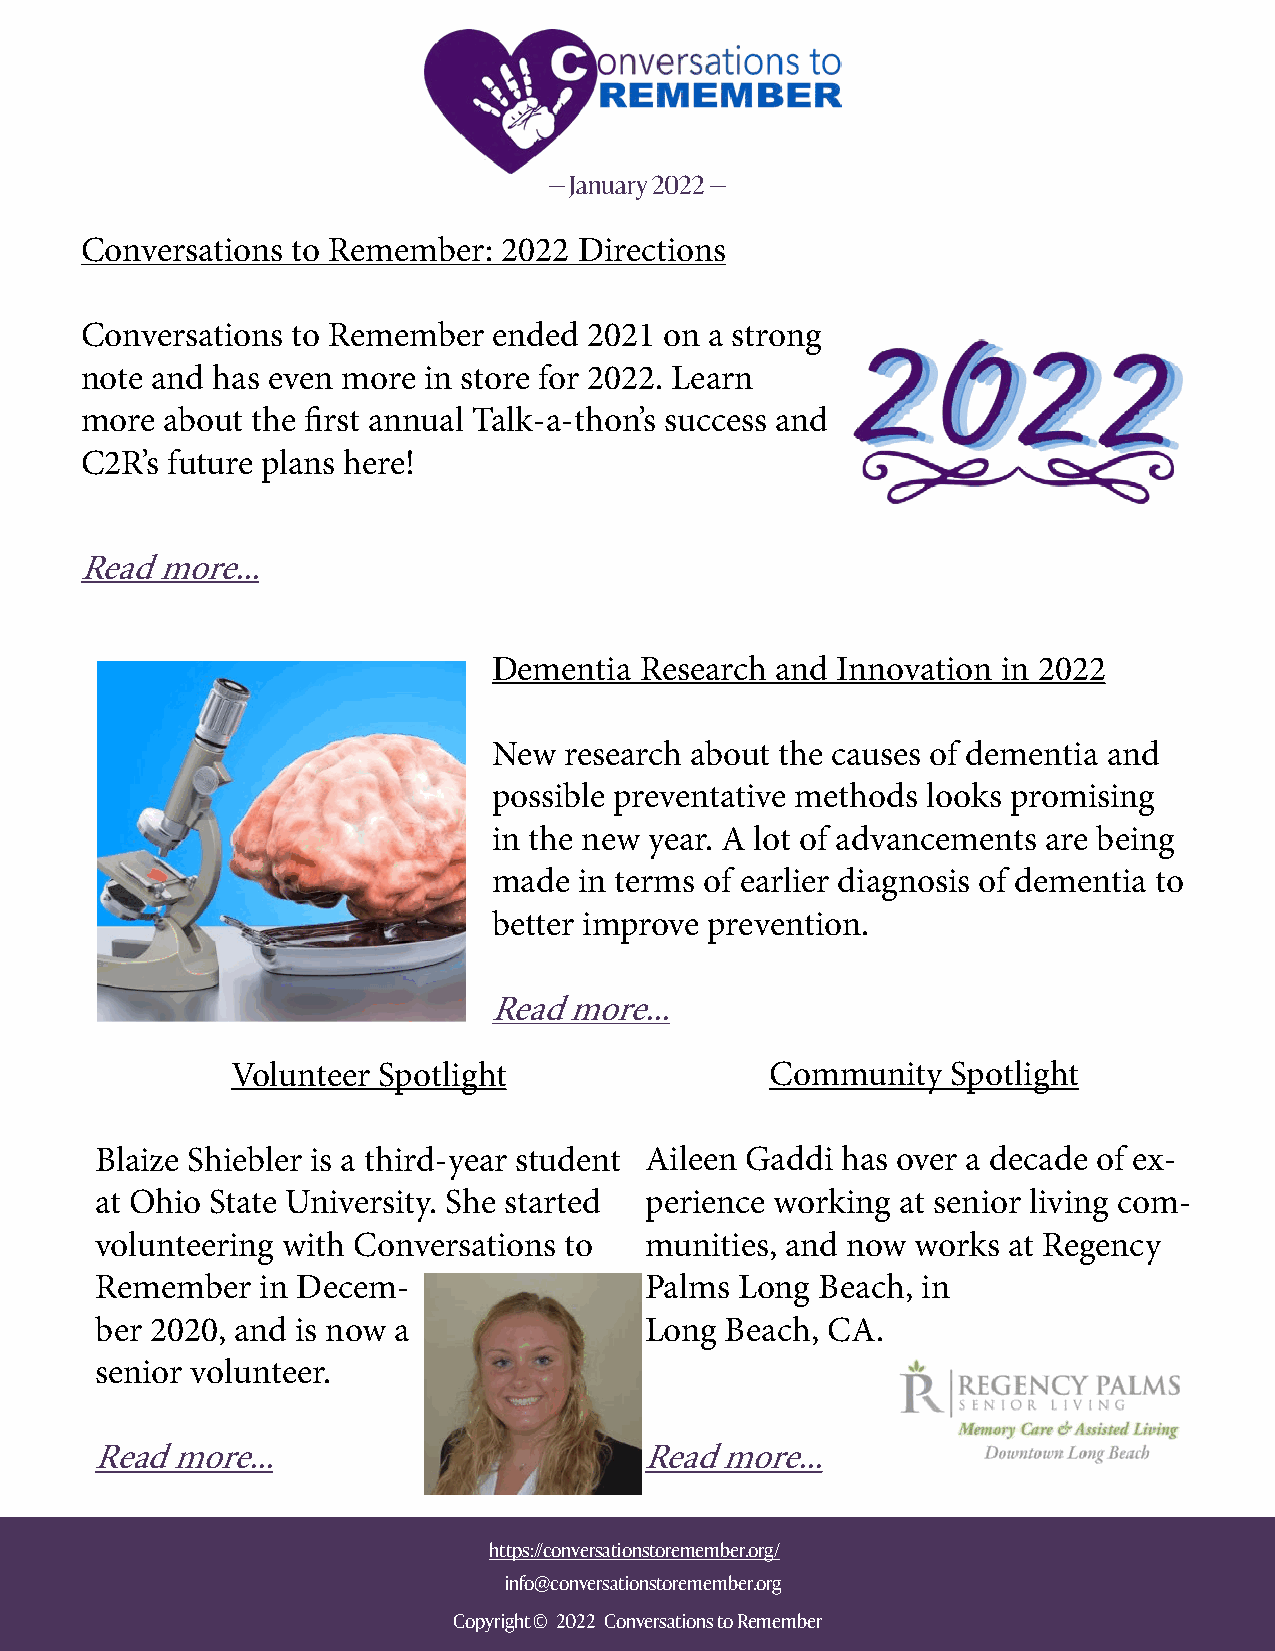
— January 2022 —
 Conversations to Remember:  2022 Directions
 Conversations to Remember   ended 2021 on a strong
 note and has even more in store for 2022. Learn
 more  about the first annual Talk-a-thon’s success and
 C2R’s future plans here!
 Read more...
 Dementia Research and Innovation in 2022
 New research about the causes of dementia and
 possible preventative methods looks promising
 in the new year. A lot of advancements are being
 made in terms of earlier diagnosis of dementia to
 better improve prevention.
 Read  more...
 Volunteer Spotlight                 Community   Spotlight
 Blaize Shiebler is a third-year student Aileen Gaddi has over a decade of ex-
 at Ohio State University. She started perience working at senior living com-
 volunteering with Conversations to   munities, and now works at Regency
 Remember   in Decem-                 Palms Long Beach, in
 ber 2020, and is now a               Long Beach, CA.
 senior volunteer.
 Read more...                        Read  more...
 https://conversationstoremember.org/
 info@conversationstoremember.org
 Copyright © 2022 Conversations to Remember